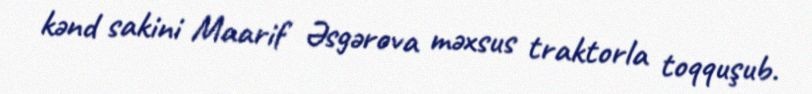
kənd sakini Maarif Əsgərova məxsus traktorla toqquşub.